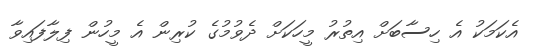
އެކަމަކު އެ ހިސާބަށް އިތުރު މީހަކަށް ދެވުމުގެ ކުރިން އެ މީހުން ފިލާފައިވާ